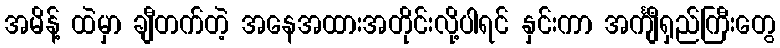
အမိန့် ထဲမှာ ချီတက်တဲ့ အနေအထားအတိုင်းလို့ပါရင် နှင်းကာ အင်္ကျီရှည်ကြီးတွေ